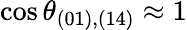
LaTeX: \cos\theta_{(01),(14)}\approx 1